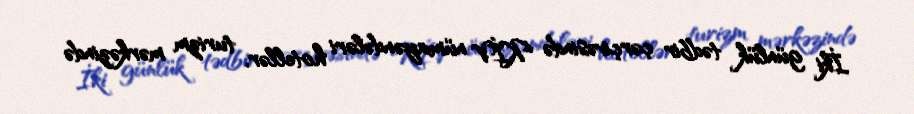
İki günlük tədbir çərçivəsində KİV nümayəndələri hotellər, turizm mərkəzində